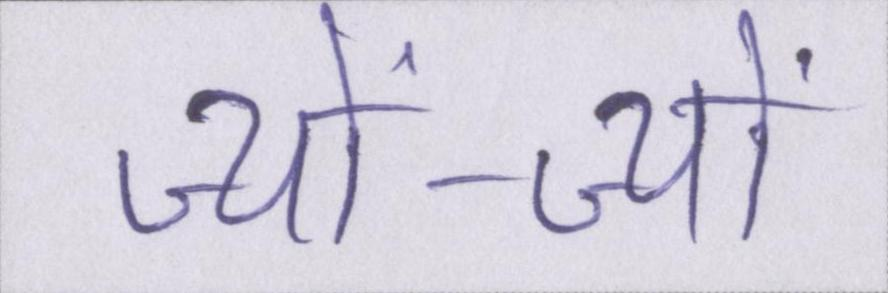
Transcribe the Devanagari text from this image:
ज्यों-ज्यों